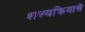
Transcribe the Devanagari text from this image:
शल्यक्रियासे